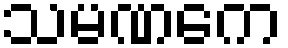
သမဏကေ